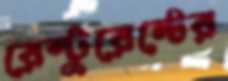
রেস্টুরেন্টের